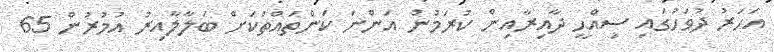
އަހަރު ދުވަހުގައި ސިއްޙީ ދާއިރާއިން ކުރަމުން އަންނަ ކަންތައްތަކަށް ބަލާލާއިރު އުމުރުން 65